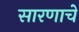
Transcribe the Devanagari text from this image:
सारणाचे